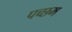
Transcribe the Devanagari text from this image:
पच्छम